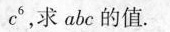
c ^ { 6 }$$，求abc的值。